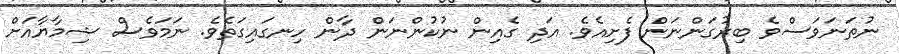
ނުތަނަވަސްވެ ބިރުގަންނަން ފެށިއެވެ. އަދި ގެއިން ނުކުންނަން ދާން ހިނގައިގަތެވެ. ނަމަވެސް ޝިމާޔާއަށް